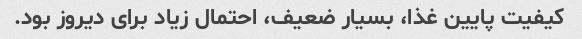
کیفیت پایین غذا، بسیار ضعیف، احتمال زیاد برای دیروز بود.